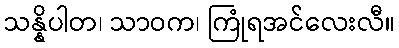
သန္နိပါတ၊ သာဝက၊ ကြုံရအင်လေးလီ။